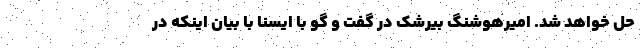
حل خواهد شد. امیرهوشنگ بیرشک در گفت و گو با ایسنا با بیان اینکه در